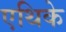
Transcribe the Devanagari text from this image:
एथिके